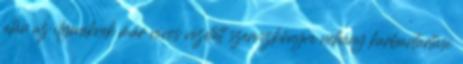
után az ilyeneknek már nincs vezetett szervizkönyve néhány karbantartási